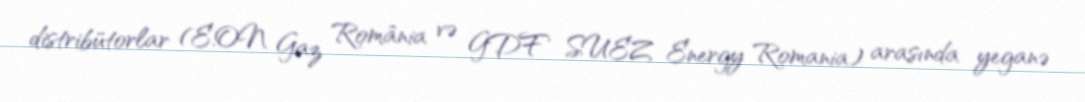
distribütorlar (E.ON Gaz România və GDF SUEZ Energy Romania) arasında yeganə